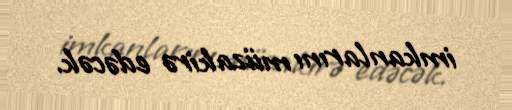
imkanlarını müzakirə edəcək.